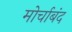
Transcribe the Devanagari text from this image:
मोर्चाबंद